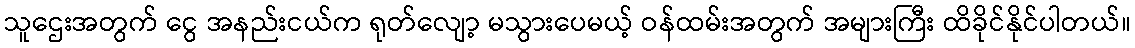
သူဌေးအတွက် ငွေ အနည်းငယ်က ရုတ်လျော့ မသွားပေမယ့် ဝန်ထမ်းအတွက် အများကြီး ထိခိုင်နိုင်ပါတယ်။